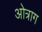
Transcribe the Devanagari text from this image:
ओत्राग